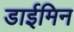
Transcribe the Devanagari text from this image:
डाईमिन